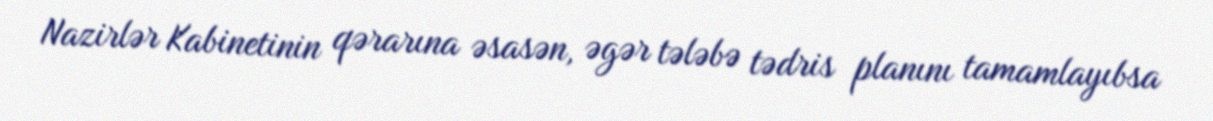
Nazirlər Kabinetinin qərarına əsasən, əgər tələbə tədris planını tamamlayıbsa